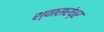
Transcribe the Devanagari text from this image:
श्वासरंध्र